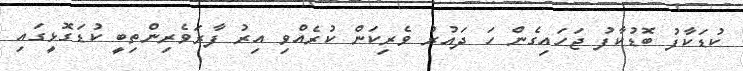
ކުޑަކާފު ބޮޑުކާފު ޖަހައިގެން ހަ ދައުރު ވެރިކަން ކުރެއްވި އިރު ފާރަވެރިންތިބީ ކުޑަގޮޅީގައި